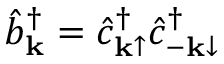
\hat { b } _ { { \bf k } } ^ { \dagger } = \hat { c } _ { { \bf k } \mathrm { \uparrow } } ^ { \dagger } \hat { c } _ { { \bf - k } \mathrm { \downarrow } } ^ { \dagger }